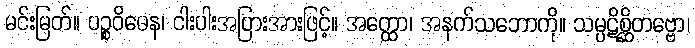
မင်းမြတ်။ ပဉ္စဝိဓေန၊ ငါးပါးအပြားအားဖြင့်။ အတ္ထော၊ အနက်သဘောကို။ သမ္ပဋိစ္ဆိတဗ္ဗော၊